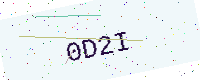
Text: 0D2I